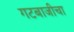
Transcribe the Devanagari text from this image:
गटबाजीचा